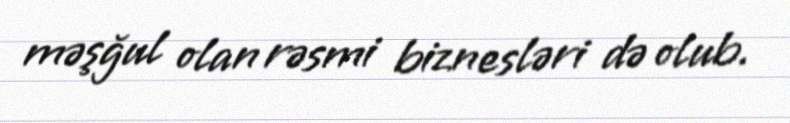
məşğul olan rəsmi biznesləri də olub.